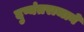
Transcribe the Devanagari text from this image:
दुष्यंतराजाने